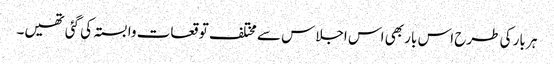
ہر بار کی طرح اس بار بھی اس اجلاس سے مختلف توقعات وابستہ کی گئی تھیں۔